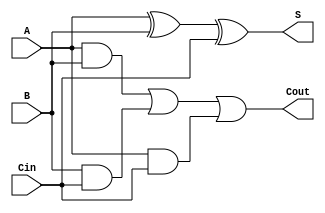
module full_adder (
    input wire A,      // First input bit
    input wire B,      // Second input bit
    input wire Cin,    // Carry-in bit
    output wire S,     // Sum output
    output wire Cout   // Carry-out output
);

// Intermediate signals
wire xor1_out; // Output of first XOR gate
wire and1_out; // Output of first AND gate
wire and2_out; // Output of second AND gate
wire and3_out; // Output of third AND gate

// Level 1: Sum Calculation
// First XOR gate
assign xor1_out = A ^ B; // A XOR B

// Second XOR gate for final sum
assign S = xor1_out ^ Cin; // (A XOR B) XOR Cin

// Level 1: Carry-Out Calculation
// AND gates for carry-out
assign and1_out = A & B;   // A AND B
assign and2_out = B & Cin;  // B AND Cin
assign and3_out = A & Cin;  // A AND Cin

// OR gate for final carry-out
assign Cout = and1_out | and2_out | and3_out; // (A AND B) OR (B AND Cin) OR (A AND Cin)

endmodule